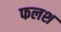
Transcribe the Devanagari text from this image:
फलश